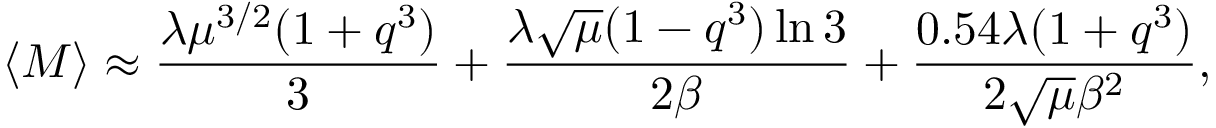
\langle M \rangle \approx \frac { \lambda \mu ^ { 3 / 2 } ( 1 + q ^ { 3 } ) } { 3 } + \frac { \lambda \sqrt { \mu } ( 1 - q ^ { 3 } ) \ln 3 } { 2 \beta } + \frac { 0 . 5 4 \lambda ( 1 + q ^ { 3 } ) } { 2 \sqrt { \mu } \beta ^ { 2 } } ,